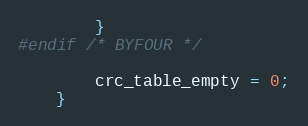
Language: C
        }
#endif /* BYFOUR */

        crc_table_empty = 0;
    }